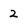
Character: 2